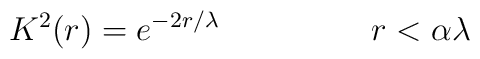
K^2(r) = e^{-2r/\lambda}~~~~~~~~~~~~~~r < \alpha \lambda